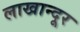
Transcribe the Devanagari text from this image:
लाखान्दूर